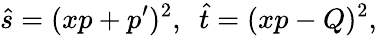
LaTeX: \hat{s}=(xp+p^{\prime})^{2},~~\hat{t}=(xp-Q)^{2},